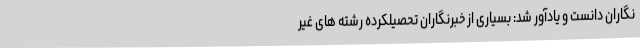
نگاران دانست و یادآور شد: بسیاری از خبرنگاران تحصیلکرده رشته های غیر